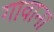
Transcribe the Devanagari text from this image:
गावाना